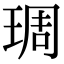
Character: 琱